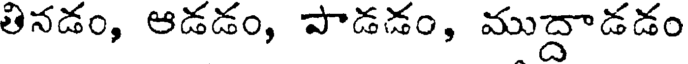
తినడం, ఆడడం, పాడడం, ముద్దాడడం